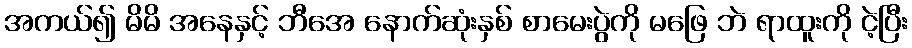
အကယ်၍ မိမိ အနေနှင့် ဘီအေ နောက်ဆုံးနှစ် စာမေးပွဲကို မဖြေ ဘဲ ရာထူးကို ငဲ့ပြီး